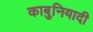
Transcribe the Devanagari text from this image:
काबुनियादी